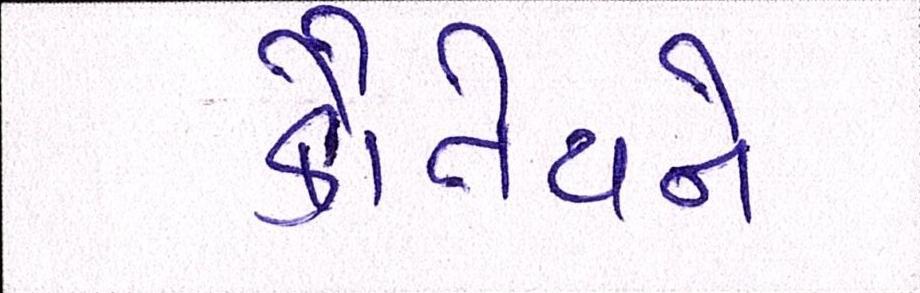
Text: કૌંતેયને